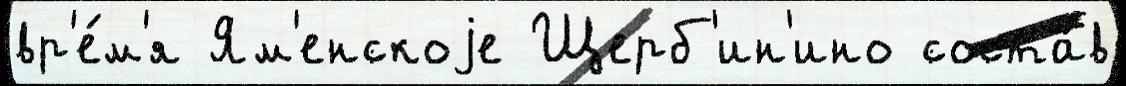
вр'е́м'я Ям'енскоjе Щерб'ин'ино соста́в